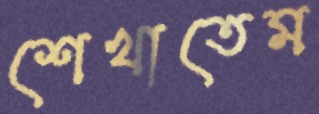
শেখাতেম